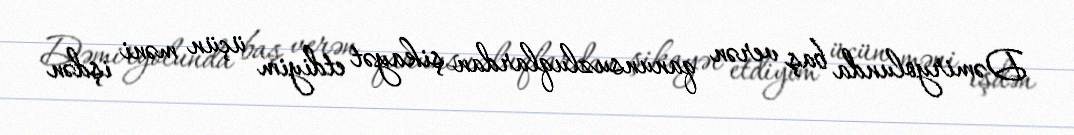
Dəmiryolunda baş verən qanunsuzluqlardan şikayət etdiyim üçün məni işdən